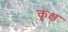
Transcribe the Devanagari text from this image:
कृक्ष